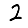
Digit: 2